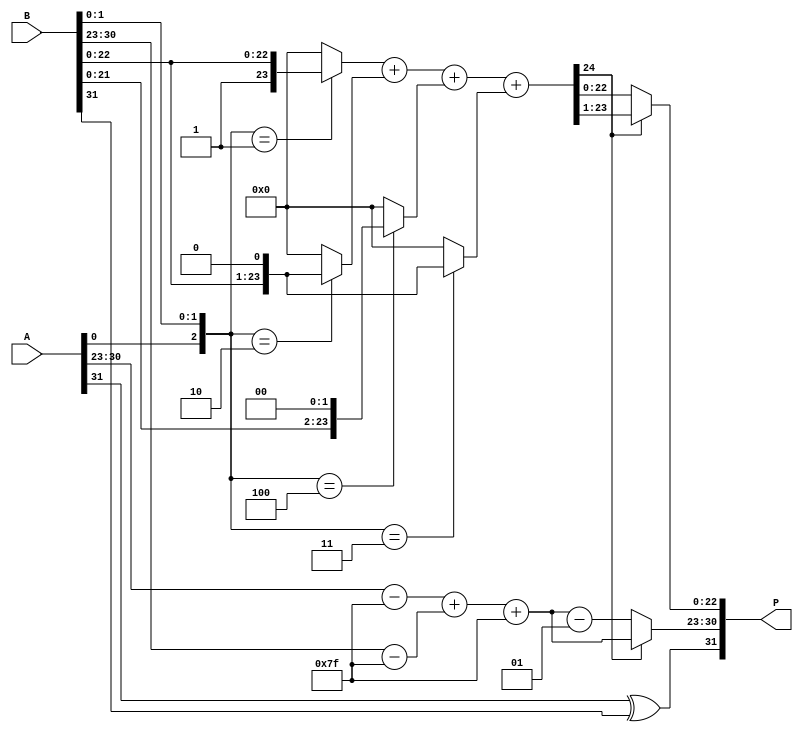
module radix4_fp_multiplier (
    input [31:0] A, // First floating-point input
    input [31:0] B, // Second floating-point input
    output reg [31:0] P // Product output
);

    // IEEE 754 components
    wire signA = A[31];
    wire signB = B[31];
    wire [7:0] expA = A[30:23];
    wire [7:0] expB = B[30:23];
    wire [22:0] mantA = A[22:0];
    wire [22:0] mantB = B[22:0];

    // Adjusted exponent (subtract bias)
    wire signed [8:0] expA_adj = expA - 8'd127;
    wire signed [8:0] expB_adj = expB - 8'd127;

    // Result sign
    wire result_sign = signA ^ signB;

    // Normalized mantissas
    wire [23:0] norm_mantA = {1'b1, mantA}; // Implicit leading 1
    wire [23:0] norm_mantB = {1'b1, mantB}; // Implicit leading 1

    // Radix-4 Booth encoding (simplified)
    wire [2:0] booth_code;
    wire [23:0] partial_product[0:3]; // Up to 4 partial products

    // Generate partial products based on Booth encoding
    assign booth_code = {norm_mantA[1:0], norm_mantB[1:0]}; // Example encoding
    assign partial_product[0] = (booth_code == 3'b001) ? norm_mantB : 24'b0; // P0
    assign partial_product[1] = (booth_code == 3'b010) ? (norm_mantB << 1) : 24'b0; // P1
    assign partial_product[2] = (booth_code == 3'b100) ? (norm_mantB << 2) : 24'b0; // P2
    assign partial_product[3] = (booth_code == 3'b011) ? (norm_mantB << 1) : 24'b0; // P3

    // Partial product accumulation (simple adder)
    wire [24:0] sum1, sum2;
    assign sum1 = partial_product[0] + partial_product[1];
    assign sum2 = sum1 + partial_product[2];
    wire [24:0] final_product = sum2 + partial_product[3];

    // Exponent calculation
    wire signed [8:0] exp_result = expA_adj + expB_adj + 8'd127; // Add bias back

    // Normalization of result
    reg [23:0] mant_result;
    reg [7:0] exp_final;
    always @(*) begin
        if (final_product[24]) begin
            mant_result = final_product[23:1]; // Already normalized
            exp_final = exp_result;
        end else begin
            mant_result = final_product[22:0]; // Shift right
            exp_final = exp_result - 1; // Increment exponent
        end
    end

    // Construct final output
    always @(*) begin
        P = {result_sign, exp_final[7:0], mant_result[22:0]};
    end

endmodule